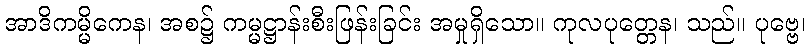
အာဒိကမ္မိကေန၊ အစ၌ ကမ္မဋ္ဌာန်းစီးဖြန်းခြင်း အမှုရှိသော။ ကုလပုတ္တေန၊ သည်။ ပုဗ္ဗေ၊